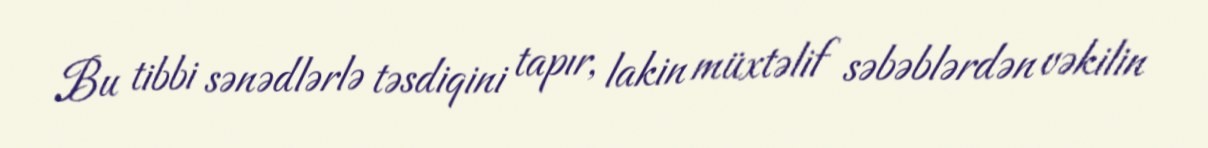
Bu tibbi sənədlərlə təsdiqini tapır, lakin müxtəlif səbəblərdən vəkilin